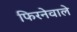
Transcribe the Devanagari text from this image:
फिरनेवाले